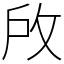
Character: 𢼄